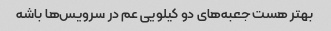
بهتر هست جعبه‌های دو کیلویی عم در سرویس‌ها باشه